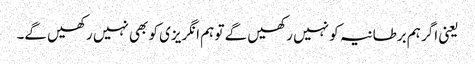
یعنی اگر ہم برطانیہ کو نہیں رکھیں گے تو ہم انگریزی کو بھی نہیں رکھیں گے۔